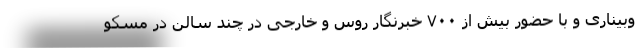
وبیناری و با حضور بیش از ۷۰۰ خبرنگار روس و خارجی در چند سالن در مسکو